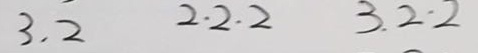
3 . 2 2 . 2 . 2 3 . 2 \cdot 2